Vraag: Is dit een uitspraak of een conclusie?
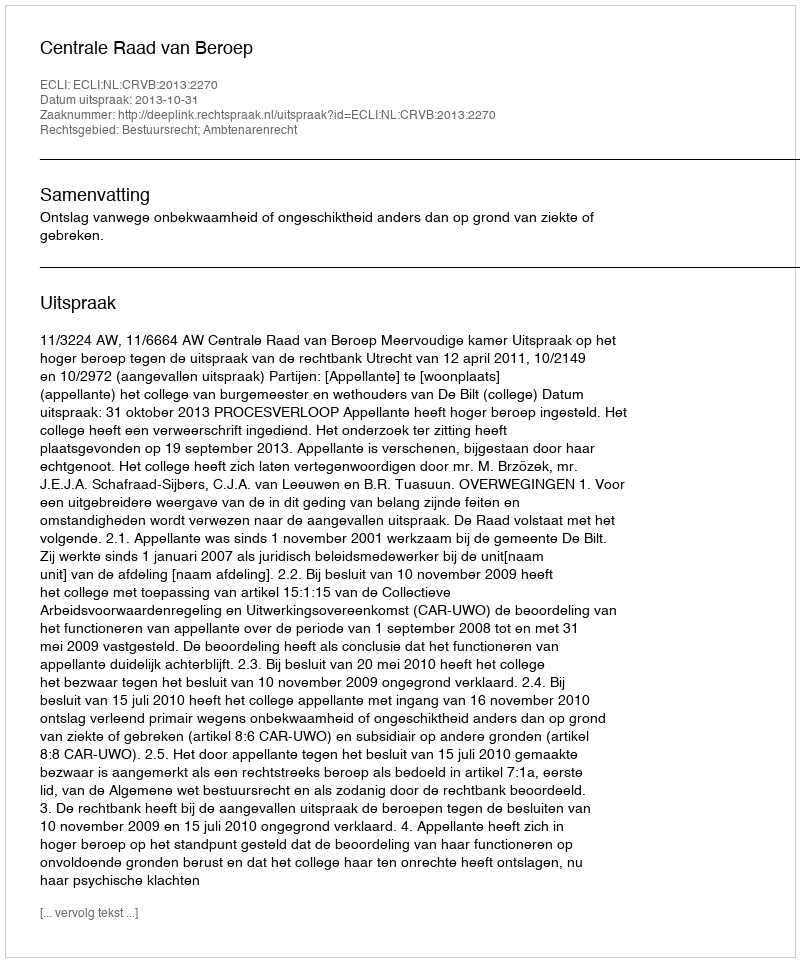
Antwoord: Uitspraak